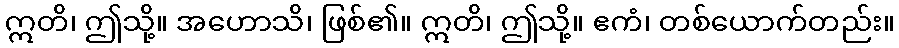
ဣတိ၊ ဤသို့။ အဟောသိ၊ ဖြစ်၏။ ဣတိ၊ ဤသို့။ ဧကံ၊ တစ်ယောက်တည်း။